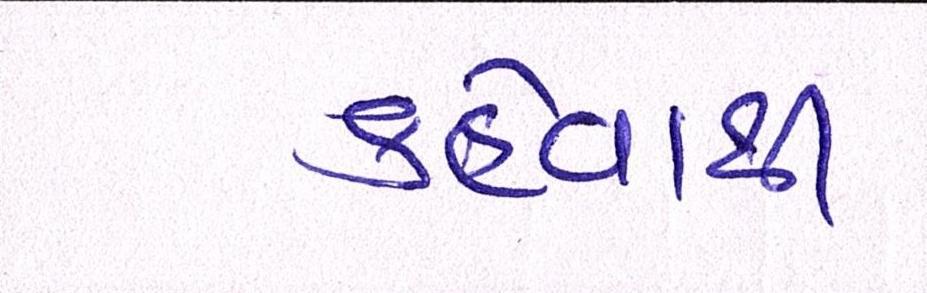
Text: કહેવાથી